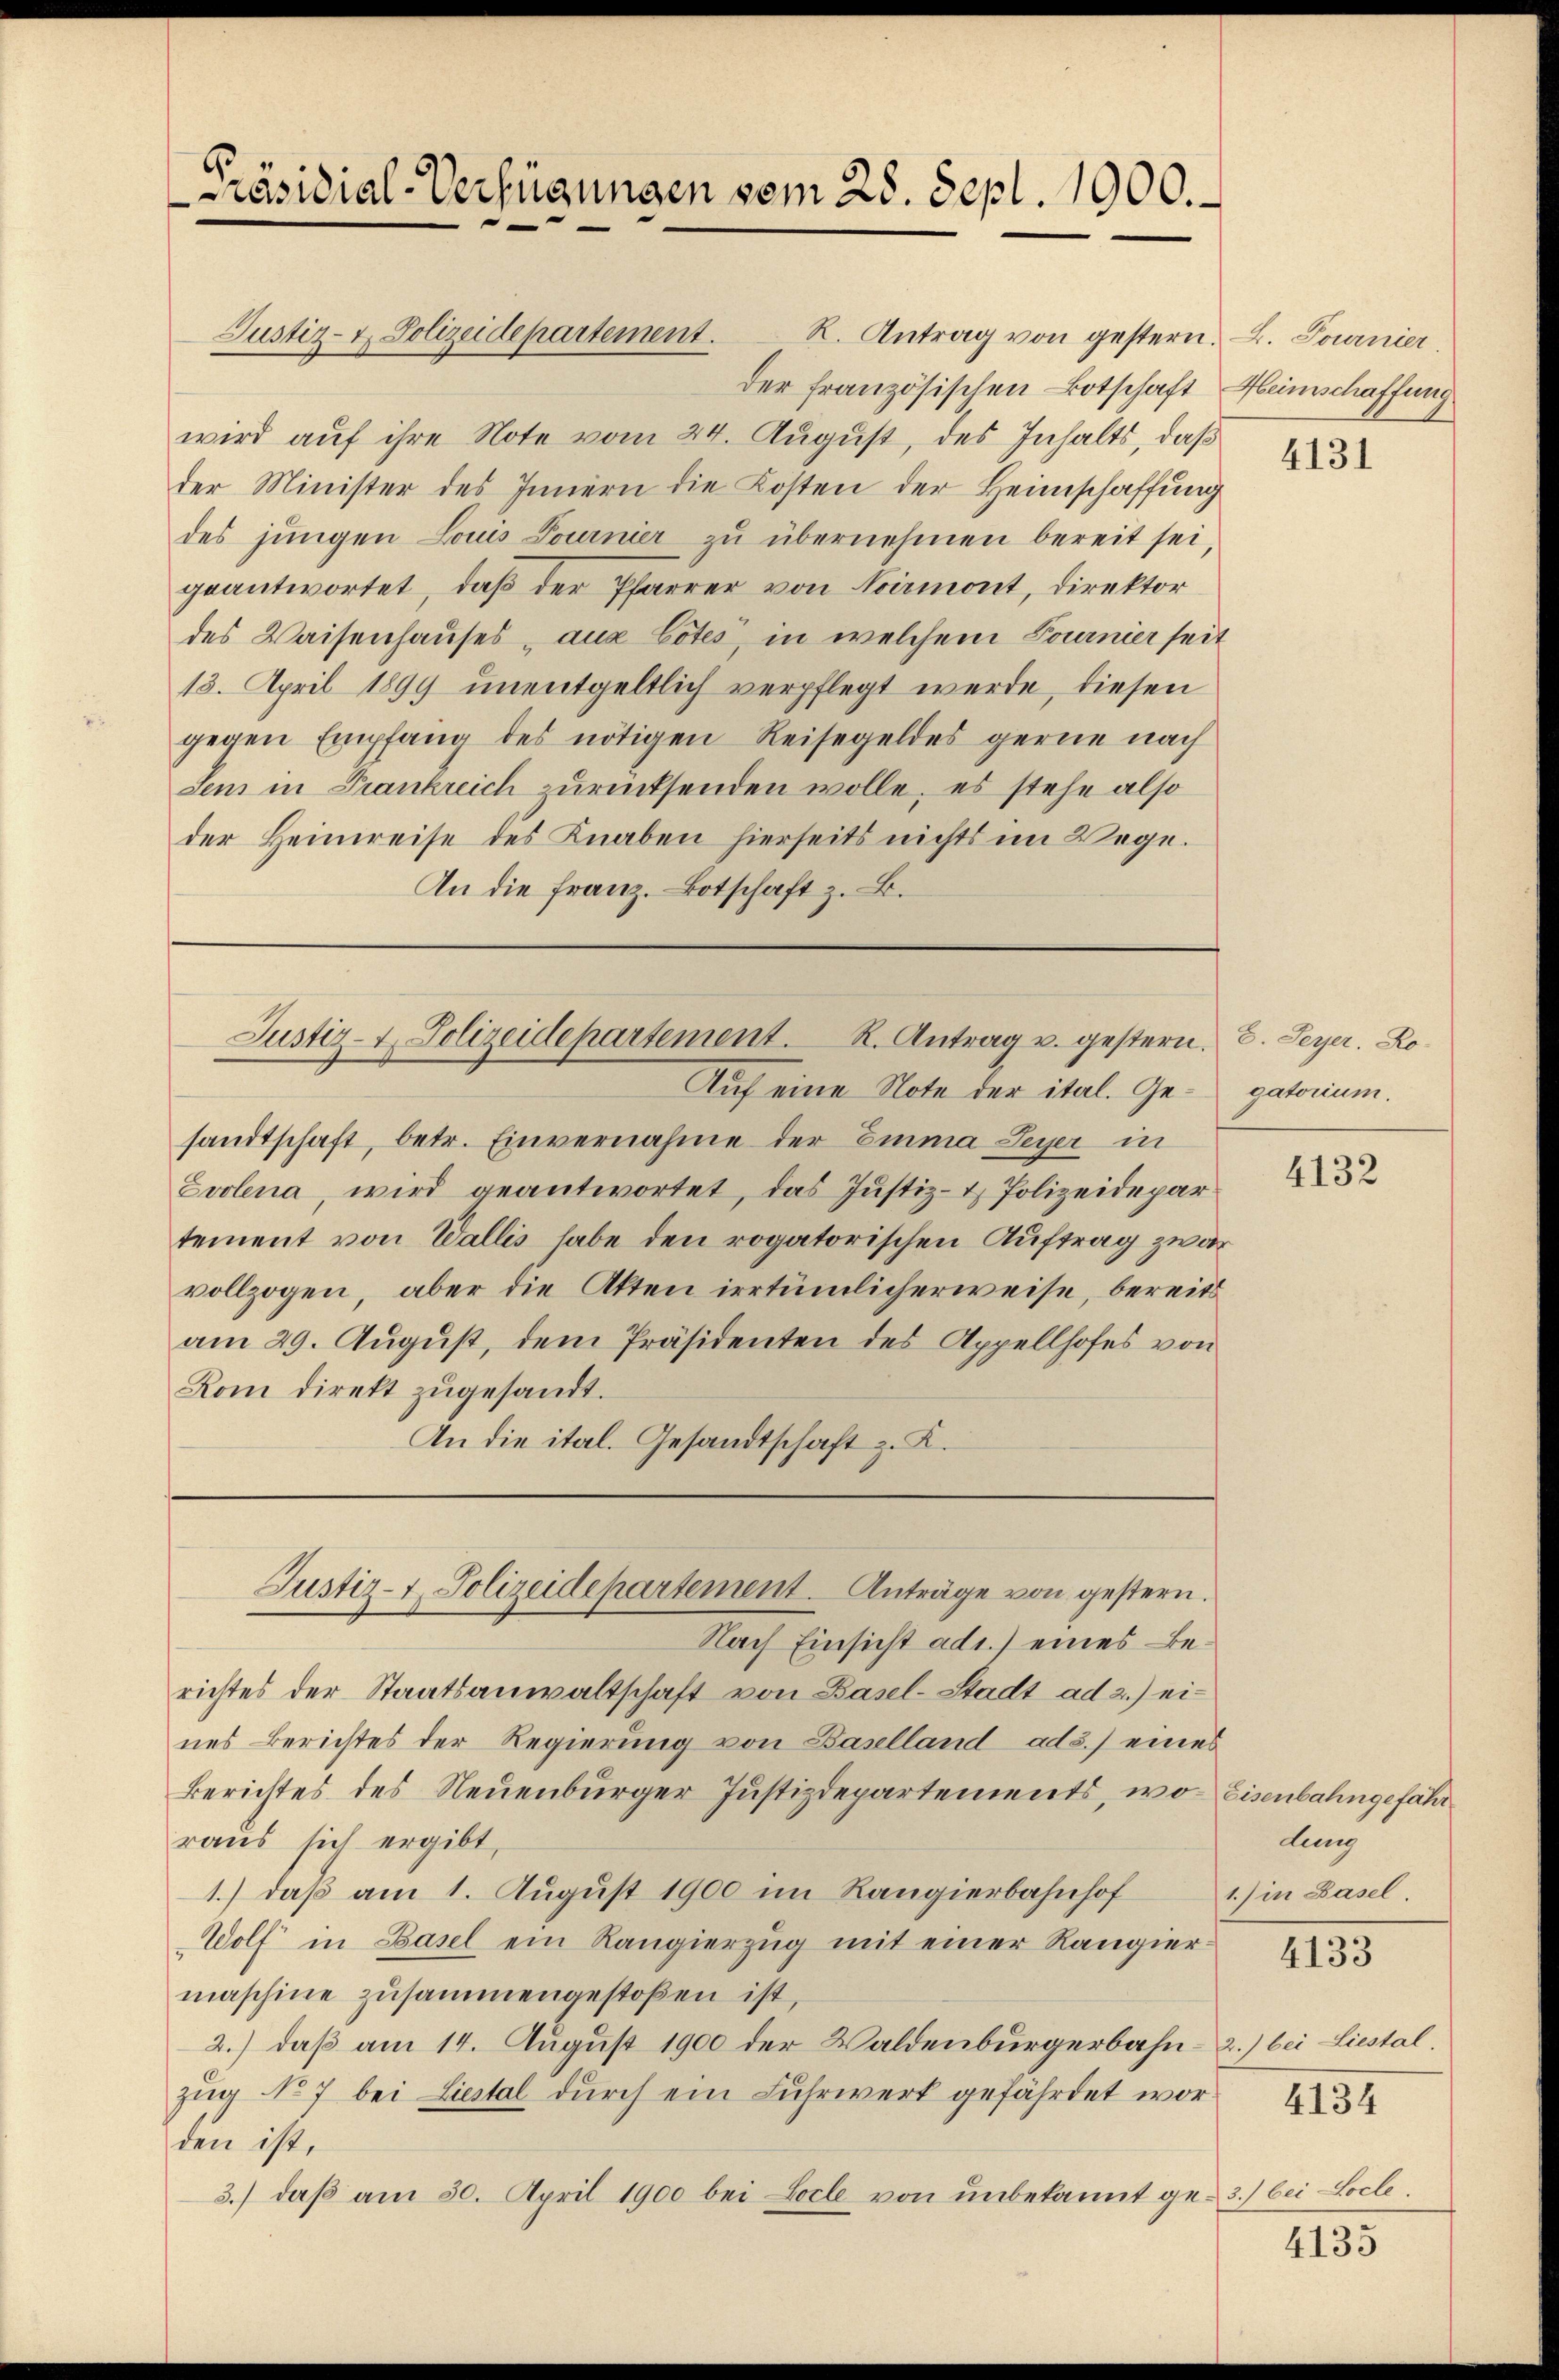
Präsidial-Verfügungen vom 28. Sept. 1900.

Justiz- & Polizeidepartement.

Justiz- & Polizeidepartement. R. Antrag u. gestern.
Auf eine Note der ital. Ge¬

Justiz- & Polizeidepartement. Anträge von gestern.

wird auf ihre Note vom 24. August, des Inhalts, daß
der Minister des Innern die Kosten der Heimschaffung
des jungen Louis Journier zu übernehmen bereit sei,
geantwortet, daß der Pfarrer von Noirmont, Direktor
des Waisenhauses, aus botes, in welchem Fournier seit
13. April 1899 unentgeltlich verpflegt werde, diesen
gegen Empfang des nötigen Reisegeldes gerne nach
den in Frankreich zurücksenden wolle, es stehe also
der Heimreise des Knaben hierseits nichts im Wege.
An die franz. Botschaft z. B.

R. Antrag von gestern. L. Pournier,
der französischen Botschaft Heinschaffung

sandtschaft, betr. Einvernahme der Emma Leyer in
Evolena, wird geantwortet, das Justiz- & Polizeidepar
tement von Wallis habe den rogatorischen Auftrag zwar
vollzogen, aber die Akten irrtümlicherweise, bereits
am 29. August, dem Präsidenten des Appellhofes von
Rom direkt zugesandt.
An die ital. Gesandtschaft z. K.

Nach Einsicht ad1.) eines Berichtes der Staatsanwaltschaft von Basel-Stadt ad 2.) eines Berichtes der Regierung von Baselland ads.) eines
Berichtes des Neuenburger Justizdepartements, woraus sich ergibt,
1.) daß am 1. August 1900 im Rangierbahnhof
Wolf in Basel ein Rangierzug mit einer Rangier
maschine zusammengestoßen ist,
2.) daß am 14. August 1900 der Waldenburgerbahn- 2.) bei Liestal.
zug No 7 bei Liestal durch ein Fuhrwerk gefährdet worden ist,
3.) daβ am 30. April 1900 bei Loche von unbekannt ge- 3.) bei Locle

4131

E. Peyer. Ro
gatorium.

4132

Eisenbahngefähr
dung
1) in Basel.

4133

4134

4133